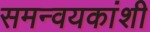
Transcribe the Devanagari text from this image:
समन्वयकांशी